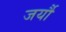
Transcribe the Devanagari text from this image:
जर्यौ